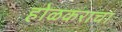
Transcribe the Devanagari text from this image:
होळकराचा